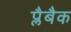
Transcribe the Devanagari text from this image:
प्लैबैक